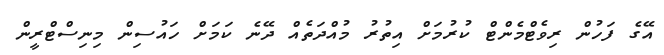
އޭގެ ފަހުން ރިވެޓްމެންޓް ކުރުމަށް އިތުރު މުއްދަތެއް ދޭނެ ކަމަށް ހައުސިން މިނިސްޓްރީން